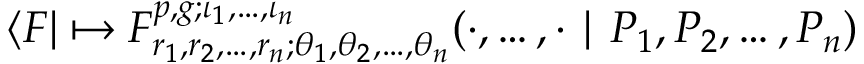
\langle F | \mapsto F _ { r _ { 1 } , r _ { 2 } , \dots , r _ { n } ; \theta _ { 1 } , \theta _ { 2 } , \dots , \theta _ { n } } ^ { p , g ; \iota _ { 1 } , \dots , \iota _ { n } } ( \cdot , \dots , \cdot \mid P _ { 1 } , P _ { 2 } , \dots , P _ { n } )